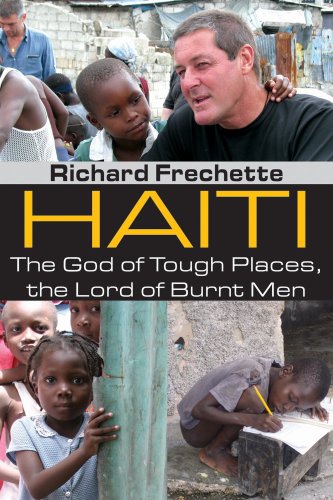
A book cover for Haiti: The God of Tough Places, the Lord of Burnt Men; Richard Frechette; Biographies & Memoirs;